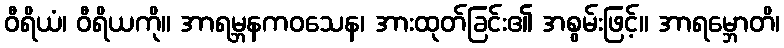
ဝီရိယံ၊ ဝီရိယကို။ အာရမ္ဘနကဝသေန၊ အားထုတ်ခြင်း၏ အစွမ်းဖြင့်။ အာရမ္ဘောတိ၊